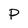
Character: p